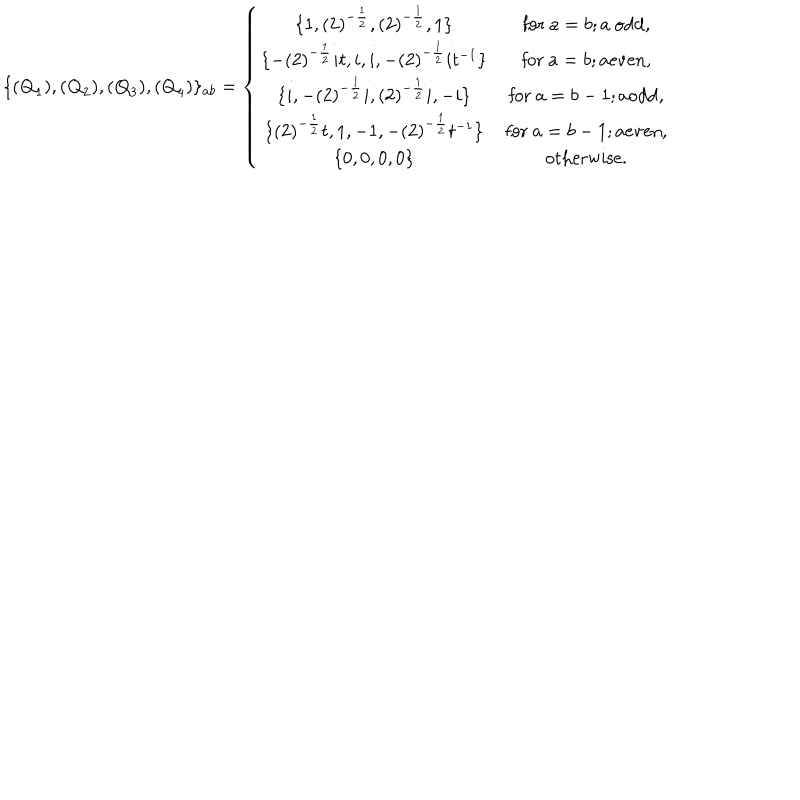
LaTeX: \{ ( { \bf Q } _ { 1 } ) , ( { \bf Q } _ { 2 } ) , ( { \bf Q } _ { 3 } ) , ( { \bf Q } _ { 4 } ) \} _ { a b } = \left\{ \begin{array} { c c } { { \{ 1 , ( 2 ) ^ { - \frac { 1 } { 2 } } , ( 2 ) ^ { - \frac { 1 } { 2 } } , 1 \} } } & { { \mathrm { f o r ~ } a = b ; a \mathrm { ~ o d d , } } } \\ { { \{ - ( 2 ) ^ { - \frac { 1 } { 2 } } i t , i , i , - ( 2 ) ^ { - \frac { 1 } { 2 } } i t ^ { - 1 } \} } } & { { \mathrm { f o r ~ } a = b ; a \mathrm { e v e n , } } } \\ { { \{ i , - ( 2 ) ^ { - \frac { 1 } { 2 } } i , ( 2 ) ^ { - \frac { 1 } { 2 } } i , - i \} } } & { { \mathrm { f o r ~ } a = b - 1 ; a \mathrm { o d d , } } } \\ { { \{ ( 2 ) ^ { - \frac { 1 } { 2 } } t , 1 , - 1 , - ( 2 ) ^ { - \frac { 1 } { 2 } } t ^ { - 1 } \} } } & { { \mathrm { f o r ~ } a = b - 1 ; a \mathrm { e v e n , } } } \\ { { \{ 0 , 0 , 0 , 0 \} } } & { { \mathrm { o t h e r w i s e . } } } \\ \end{array} \right.